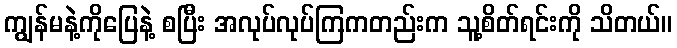
ကျွန်မနဲ့ကိုပြေနဲ့ စပြီး အလုပ်လုပ်ကြကတည်းက သူ့စိတ်ရင်းကို သိတယ်။